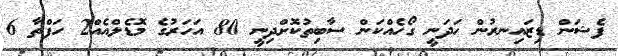
ފެޝަން ޑިޒައިނރުން ހަދަނީ ގޯހެއްކަން ސާބިތުކޮށްދިނީ 80 އަހަރުގެ މޮޑެލްއެއް2 ހަފްތާ 6